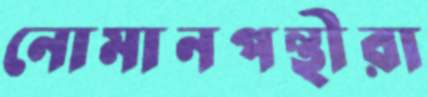
নোমানপন্থীরা